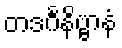
တဒင်္ဂနိဗ္ဗာနံ